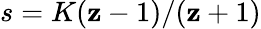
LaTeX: s=K(\mathbf{z}-1)/(\mathbf{z}+1)